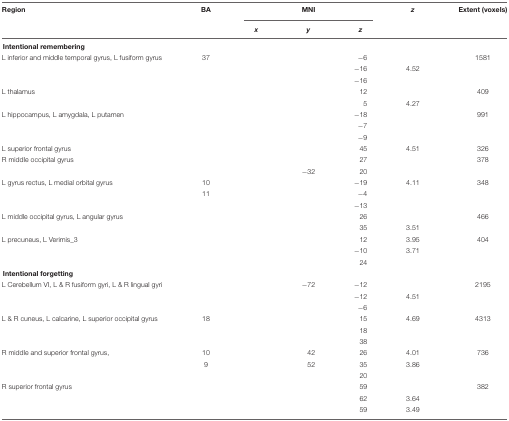
<table><thead><tr><td><b>Region</b></td><td><b>BA</b></td><td colspan="3"><b>MNI</b></td><td><b><i>z</i></b></td><td><b>Extent (voxels)</b></td></tr><tr><td>[EMPTY_CELL]</td><td>[EMPTY_CELL]</td><td><b><i>x</i></b></td><td><b><i>y</i></b></td><td><b><i>z</i></b></td><td>[EMPTY_CELL]</td><td>[EMPTY_CELL]</td></tr></thead><tbody><tr><td colspan="7"><b>Intentional remembering</b></td></tr><tr><td>L inferior and middle temporal gyrus, L fusiform gyrus</td><td>37</td><td>[EMPTY_CELL]</td><td>[EMPTY_CELL]</td><td>-6</td><td>[EMPTY_CELL]</td><td>1581</td></tr><tr><td>[EMPTY_CELL]</td><td>[EMPTY_CELL]</td><td>[EMPTY_CELL]</td><td>[EMPTY_CELL]</td><td>-16</td><td>4.52</td><td>[EMPTY_CELL]</td></tr><tr><td>[EMPTY_CELL]</td><td>[EMPTY_CELL]</td><td>[EMPTY_CELL]</td><td>[EMPTY_CELL]</td><td>-16</td><td>[EMPTY_CELL]</td><td>[EMPTY_CELL]</td></tr><tr><td>L thalamus</td><td>[EMPTY_CELL]</td><td>[EMPTY_CELL]</td><td>[EMPTY_CELL]</td><td>12</td><td>[EMPTY_CELL]</td><td>409</td></tr><tr><td>[EMPTY_CELL]</td><td>[EMPTY_CELL]</td><td>[EMPTY_CELL]</td><td>[EMPTY_CELL]</td><td>5</td><td>4.27</td><td>[EMPTY_CELL]</td></tr><tr><td>L hippocampus, L amygdala, L putamen</td><td>[EMPTY_CELL]</td><td>[EMPTY_CELL]</td><td>[EMPTY_CELL]</td><td>-18</td><td>[EMPTY_CELL]</td><td>991</td></tr><tr><td>[EMPTY_CELL]</td><td>[EMPTY_CELL]</td><td>[EMPTY_CELL]</td><td>[EMPTY_CELL]</td><td>-7</td><td>[EMPTY_CELL]</td><td>[EMPTY_CELL]</td></tr><tr><td>[EMPTY_CELL]</td><td>[EMPTY_CELL]</td><td>[EMPTY_CELL]</td><td>[EMPTY_CELL]</td><td>-9</td><td>[EMPTY_CELL]</td><td>[EMPTY_CELL]</td></tr><tr><td>L superior frontal gyrus</td><td>[EMPTY_CELL]</td><td>[EMPTY_CELL]</td><td>[EMPTY_CELL]</td><td>45</td><td>4.51</td><td>326</td></tr><tr><td>R middle occipital gyrus</td><td>[EMPTY_CELL]</td><td>[EMPTY_CELL]</td><td>[EMPTY_CELL]</td><td>27</td><td>[EMPTY_CELL]</td><td>378</td></tr><tr><td>[EMPTY_CELL]</td><td>[EMPTY_CELL]</td><td>[EMPTY_CELL]</td><td>-32</td><td>20</td><td>[EMPTY_CELL]</td><td>[EMPTY_CELL]</td></tr><tr><td>L gyrus rectus, L medial orbital gyrus</td><td>10</td><td>[EMPTY_CELL]</td><td>[EMPTY_CELL]</td><td>-19</td><td>4.11</td><td>348</td></tr><tr><td>[EMPTY_CELL]</td><td>11</td><td>[EMPTY_CELL]</td><td>[EMPTY_CELL]</td><td>-4</td><td>[EMPTY_CELL]</td><td>[EMPTY_CELL]</td></tr><tr><td>[EMPTY_CELL]</td><td>[EMPTY_CELL]</td><td>[EMPTY_CELL]</td><td>[EMPTY_CELL]</td><td>-13</td><td>[EMPTY_CELL]</td><td>[EMPTY_CELL]</td></tr><tr><td>L middle occipital gyrus, L angular gyrus</td><td>[EMPTY_CELL]</td><td>[EMPTY_CELL]</td><td>[EMPTY_CELL]</td><td>26</td><td>[EMPTY_CELL]</td><td>466</td></tr><tr><td>[EMPTY_CELL]</td><td>[EMPTY_CELL]</td><td>[EMPTY_CELL]</td><td>[EMPTY_CELL]</td><td>35</td><td>3.51</td><td>[EMPTY_CELL]</td></tr><tr><td>L precuneus, L Verimis_3</td><td>[EMPTY_CELL]</td><td>[EMPTY_CELL]</td><td>[EMPTY_CELL]</td><td>12</td><td>3.95</td><td>404</td></tr><tr><td>[EMPTY_CELL]</td><td>[EMPTY_CELL]</td><td>[EMPTY_CELL]</td><td>[EMPTY_CELL]</td><td>-10</td><td>3.71</td><td>[EMPTY_CELL]</td></tr><tr><td>[EMPTY_CELL]</td><td>[EMPTY_CELL]</td><td>[EMPTY_CELL]</td><td>[EMPTY_CELL]</td><td>24</td><td>[EMPTY_CELL]</td><td>[EMPTY_CELL]</td></tr><tr><td colspan="7"><b>Intentional forgetting</b></td></tr><tr><td>L Cerebellum VI, L &amp; R fusiform gyri, L &amp; R lingual gyri</td><td>[EMPTY_CELL]</td><td>[EMPTY_CELL]</td><td>-72</td><td>-12</td><td>[EMPTY_CELL]</td><td>2195</td></tr><tr><td>[EMPTY_CELL]</td><td>[EMPTY_CELL]</td><td>[EMPTY_CELL]</td><td>[EMPTY_CELL]</td><td>-12</td><td>4.51</td><td>[EMPTY_CELL]</td></tr><tr><td>[EMPTY_CELL]</td><td>[EMPTY_CELL]</td><td>[EMPTY_CELL]</td><td>[EMPTY_CELL]</td><td>-6</td><td>[EMPTY_CELL]</td><td>[EMPTY_CELL]</td></tr><tr><td>L &amp; R cuneus, L calcarine, L superior occipital gyrus</td><td>18</td><td>[EMPTY_CELL]</td><td>[EMPTY_CELL]</td><td>15</td><td>4.69</td><td>4313</td></tr><tr><td>[EMPTY_CELL]</td><td>[EMPTY_CELL]</td><td>[EMPTY_CELL]</td><td>[EMPTY_CELL]</td><td>18</td><td>[EMPTY_CELL]</td><td>[EMPTY_CELL]</td></tr><tr><td>[EMPTY_CELL]</td><td>[EMPTY_CELL]</td><td>[EMPTY_CELL]</td><td>[EMPTY_CELL]</td><td>38</td><td>[EMPTY_CELL]</td><td>[EMPTY_CELL]</td></tr><tr><td>R middle and superior frontal gyrus,</td><td>10</td><td>[EMPTY_CELL]</td><td>42</td><td>26</td><td>4.01</td><td>736</td></tr><tr><td>[EMPTY_CELL]</td><td>9</td><td>[EMPTY_CELL]</td><td>52</td><td>35</td><td>3.86</td><td>[EMPTY_CELL]</td></tr><tr><td>[EMPTY_CELL]</td><td>[EMPTY_CELL]</td><td>[EMPTY_CELL]</td><td>[EMPTY_CELL]</td><td>20</td><td>[EMPTY_CELL]</td><td>[EMPTY_CELL]</td></tr><tr><td>R superior frontal gyrus</td><td>[EMPTY_CELL]</td><td>[EMPTY_CELL]</td><td>[EMPTY_CELL]</td><td>59</td><td>[EMPTY_CELL]</td><td>382</td></tr><tr><td>[EMPTY_CELL]</td><td>[EMPTY_CELL]</td><td>[EMPTY_CELL]</td><td>[EMPTY_CELL]</td><td>62</td><td>3.64</td><td>[EMPTY_CELL]</td></tr><tr><td>[EMPTY_CELL]</td><td>[EMPTY_CELL]</td><td>[EMPTY_CELL]</td><td>[EMPTY_CELL]</td><td>59</td><td>3.49</td><td>[EMPTY_CELL]</td></tr></tbody></table>